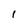
Character: l